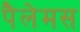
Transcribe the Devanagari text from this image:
पैलेमस